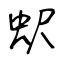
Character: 蚇